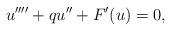
LaTeX: \begin{align*}u''''+qu''+F'(u)=0,\end{align*}